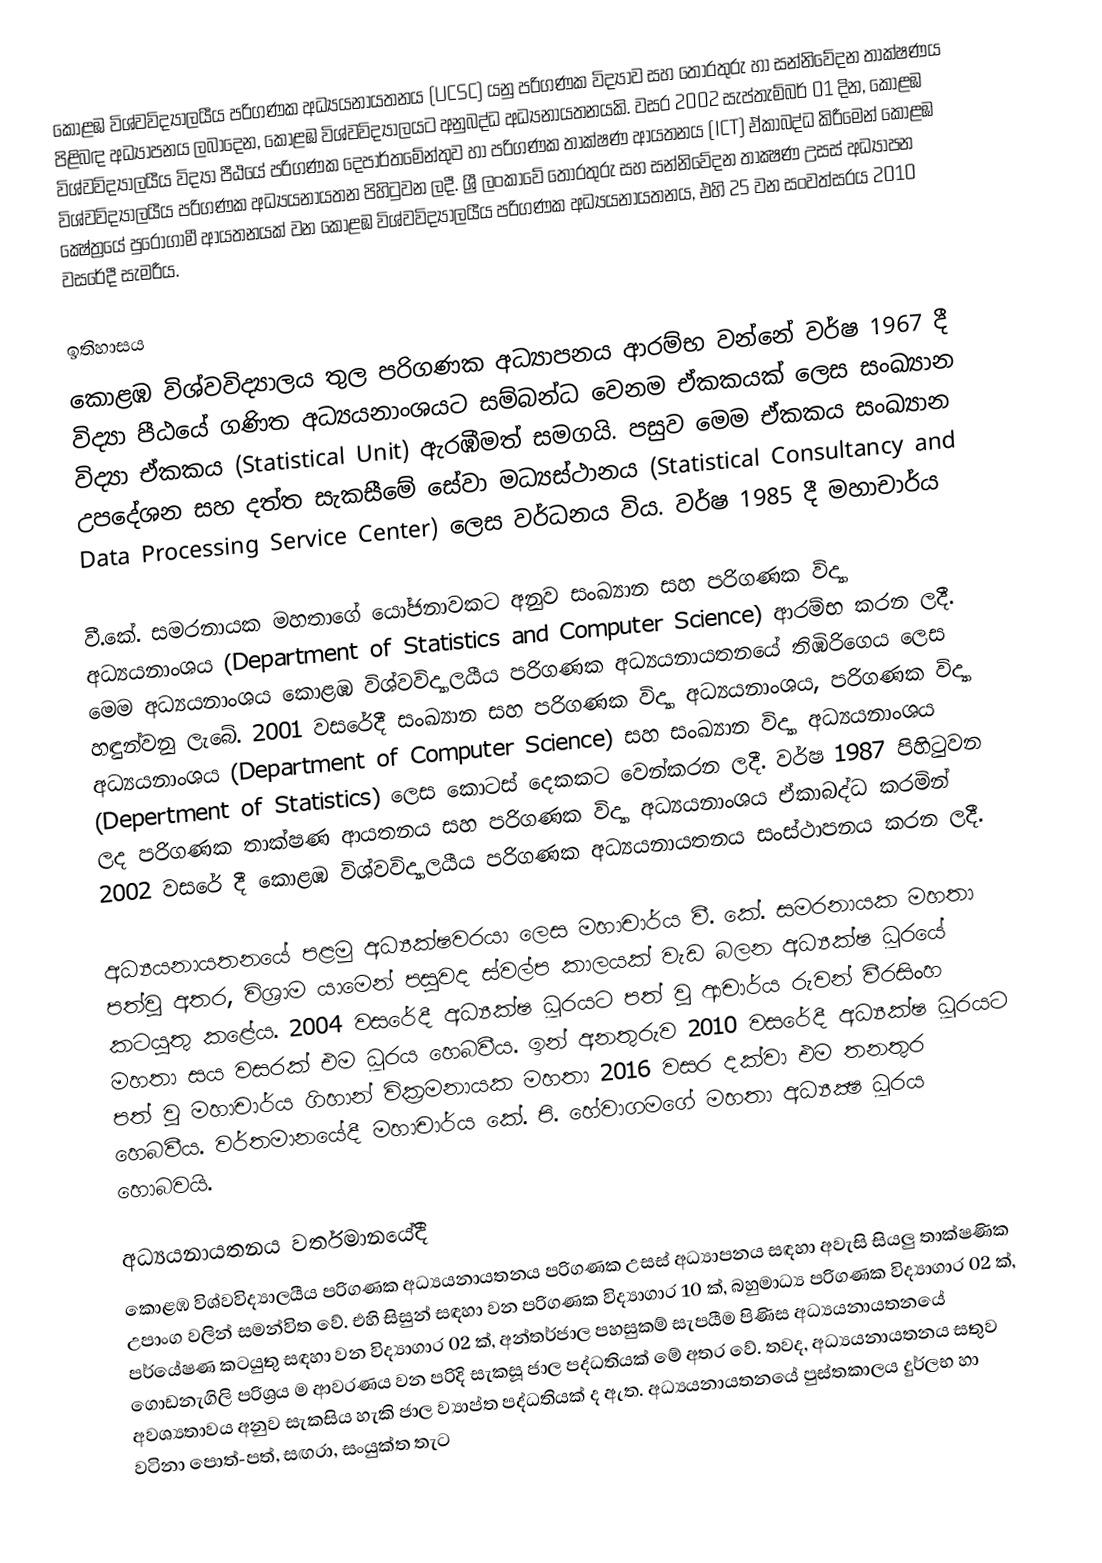
කොළඹ විශ්වවිද්‍යාලයීය පරිගණක අධ්‍යයනායතනය (UCSC) යනු පරිගණක විද්‍යාව සහ තොරතුරු හා සන්නිවේදන තාක්ෂණය පිළිබඳ අධ්‍යාපනය ලබාදෙන, කොළඹ විශ්වවිද්‍යාලයට අනුබද්ධ අධ්‍යනායතනයකි. වසර 2002 සැප්තැම්බර් 01 දින, කොළඹ විශ්වවිද්‍යාලයීය විද්‍යා පීඨයේ පරිගණක දෙපාර්තමේන්තුව හා පරිගණක තාක්‌ෂණ ආයතනය (ICT) ඒකාබද්ධ කිරීමෙන් කොළඹ විශ්වවිද්‍යාලයීය පරිගණක අධ්‍යයනායතන පිහිටුවන ලදී. ශ්‍රී ලංකාවේ තොරතුරු සහ සන්නිවේදන තාක්‍ෂණ උසස්‌ අධ්‍යාපන ක්‍ෂේත්‍රයේ පුරෝගාමී ආයතනයක්‌ වන කොළඹ විශ්වවිද්‍යාලයීය පරිගණක අධ්‍යයනායතනය, එහි 25 වන සංවත්සරය 2010 වසරේදී සැමරීය.

ඉතිහාසය
කොළඹ විශ්වවිද්‍යාලය තුල පරිගණක අධ්‍යාපනය ආරම්භ වන්නේ වර්ෂ 1967 දී විද්‍යා පීඨයේ ගණිත අධ්‍යයනාංශයට සම්බන්ධ වෙනම ඒකකයක් ලෙස සංඛ්‍යාන විද්‍යා ඒකකය (Statistical Unit) ඇරඹීමත් සමගයි. පසුව මෙම ඒකකය සංඛ්‍යාන උපදේශන සහ දත්ත සැකසීමේ සේවා මධ්‍යස්ථානය (Statistical Consultancy and Data Processing Service Center) ලෙස වර්ධනය විය. වර්ෂ 1985 දී මහාචාර්ය

වී.කේ. සමරනායක මහතාගේ යෝජනාවකට අනුව සංඛ්‍යාන සහ පරිගණක විද්‍යා අධ්‍යයනාංශය (Department of Statistics and Computer Science) ආරම්භ කරන ලදී. මෙම අධ්‍යයනාංශය කොළඹ විශ්වවිද්‍යාලයීය පරිගණක අධ්‍යයනායතනයේ තිඹිරිගෙය ලෙස හඳුන්වනු ලැබේ. 2001 වසරේදී සංඛ්‍යාන සහ පරිගණක විද්‍යා අධ්‍යයනාංශය, පරිගණක විද්‍යා අධ්‍යයනාංශය (Department of Computer Science) සහ සංඛ්‍යාන විද්‍යා අධ්‍යයනාංශය (Depertment of Statistics) ලෙස කොටස් දෙකකට වෙන්කරන ලදී. වර්ෂ 1987 පිහිටුවන ලද පරිගණක තාක්‌ෂණ ආයතනය සහ පරිගණක විද්‍යා අධ්‍යයනාංශය ඒකාබද්ධ කරමින් 2002 වසරේ දී කොළඹ විශ්වවිද්‍යාලයීය පරිගණක අධ්‍යයනායතනය සංස්ථාපනය කරන ලදී.

අධ්‍යයනායතනයේ පළමු අධ්‍යක්ෂවරයා ලෙස මහාචාර්ය වී. කේ. සමරනායක මහතා පත්වූ අතර, විශ්‍රාම යාමෙන් පසුවද ස්වල්ප කාලයක් වැඩ බලන අධ්‍යක්ෂ ධූරයේ කටයුතු කළේය. 2004 වසරේදී අධ්‍යක්ෂ ධූරයට පත් වූ ආචාර්ය රුවන් වීරසිංහ මහතා සය වසරක් එම ධූරය හෙබවීය. ඉන් අනතුරුව 2010 වසරේදී අධ්‍යක්ෂ ධූරයට පත් වූ මහාචාර්ය ගිහාන් වික්‍රමනායක මහතා 2016 වසර දක්වා එම තනතුර හෙබවීය. වර්තමානයේදී මහාචාර්ය කේ. පි. හේවාගමගේ මහතා අධ්‍යක්‍ෂ ධූරය හොබවයි.

අධ්‍යයනායතනය වර්තමානයේදී
කොළඹ විශ්වවිද්‍යාලයීය පරිගණක අධ්‍යයනායතනය පරිගණක උසස් අධ්‍යාපනය සඳහා අවැසි සියලු තාක්ෂණික උපාංග වලින් සමන්විත වේ. එහි සිසුන් සඳහා වන පරිගණක විද්‍යාගාර 10 ක්‚ බහුමාධ්‍ය පරිගණක විද්‍යාගාර 02 ක්‚ පර්යේෂණ කටයුතු සඳහා වන විද්‍යාගාර 02 ක්‚ අන්තර්ජාල පහසුකම් සැපයීම පිණිස අධ්‍යයනායතනයේ ගොඩනැගිලි පරිශ්‍රය ම ආවරණය වන පරිදි සැකසූ ජාල පද්ධතියක් මේ අතර වේ. තවද‚ අධ්‍යයනායතනය සතුව අවශ්‍යතාවය අනුව සැකසිය හැකි ජාල ව්‍යාප්ත පද්ධතියක් ද ඇත. අධ්‍යයනායතනයේ පුස්තකාලය දුර්ලභ හා වටිනා පොත්-පත්, සඟරා, සංයුක්ත තැට